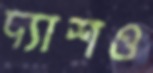
দ্যাশও